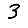
Digit: 3